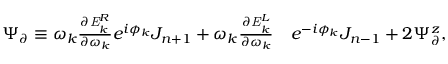
\begin{array} { r l } { \Psi _ { \partial } \equiv \omega _ { k } \frac { \partial \mathit { { E } } _ { k } ^ { R } } { \partial \omega _ { k } } e ^ { i \phi _ { k } } J _ { n + 1 } + \omega _ { k } \frac { \partial \mathit { { E } } _ { k } ^ { L } } { \partial \omega _ { k } } } & { e ^ { - i \phi _ { k } } J _ { n - 1 } + 2 \Psi _ { \partial } ^ { z } , } \end{array}